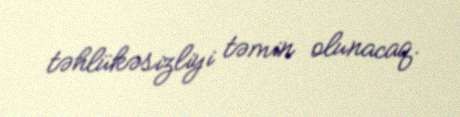
təhlükəsizliyi təmin olunacaq.